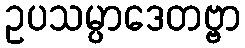
ဥပသမ္ပာဒေတဗ္ဗာ